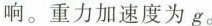
响。重力加速度为g。